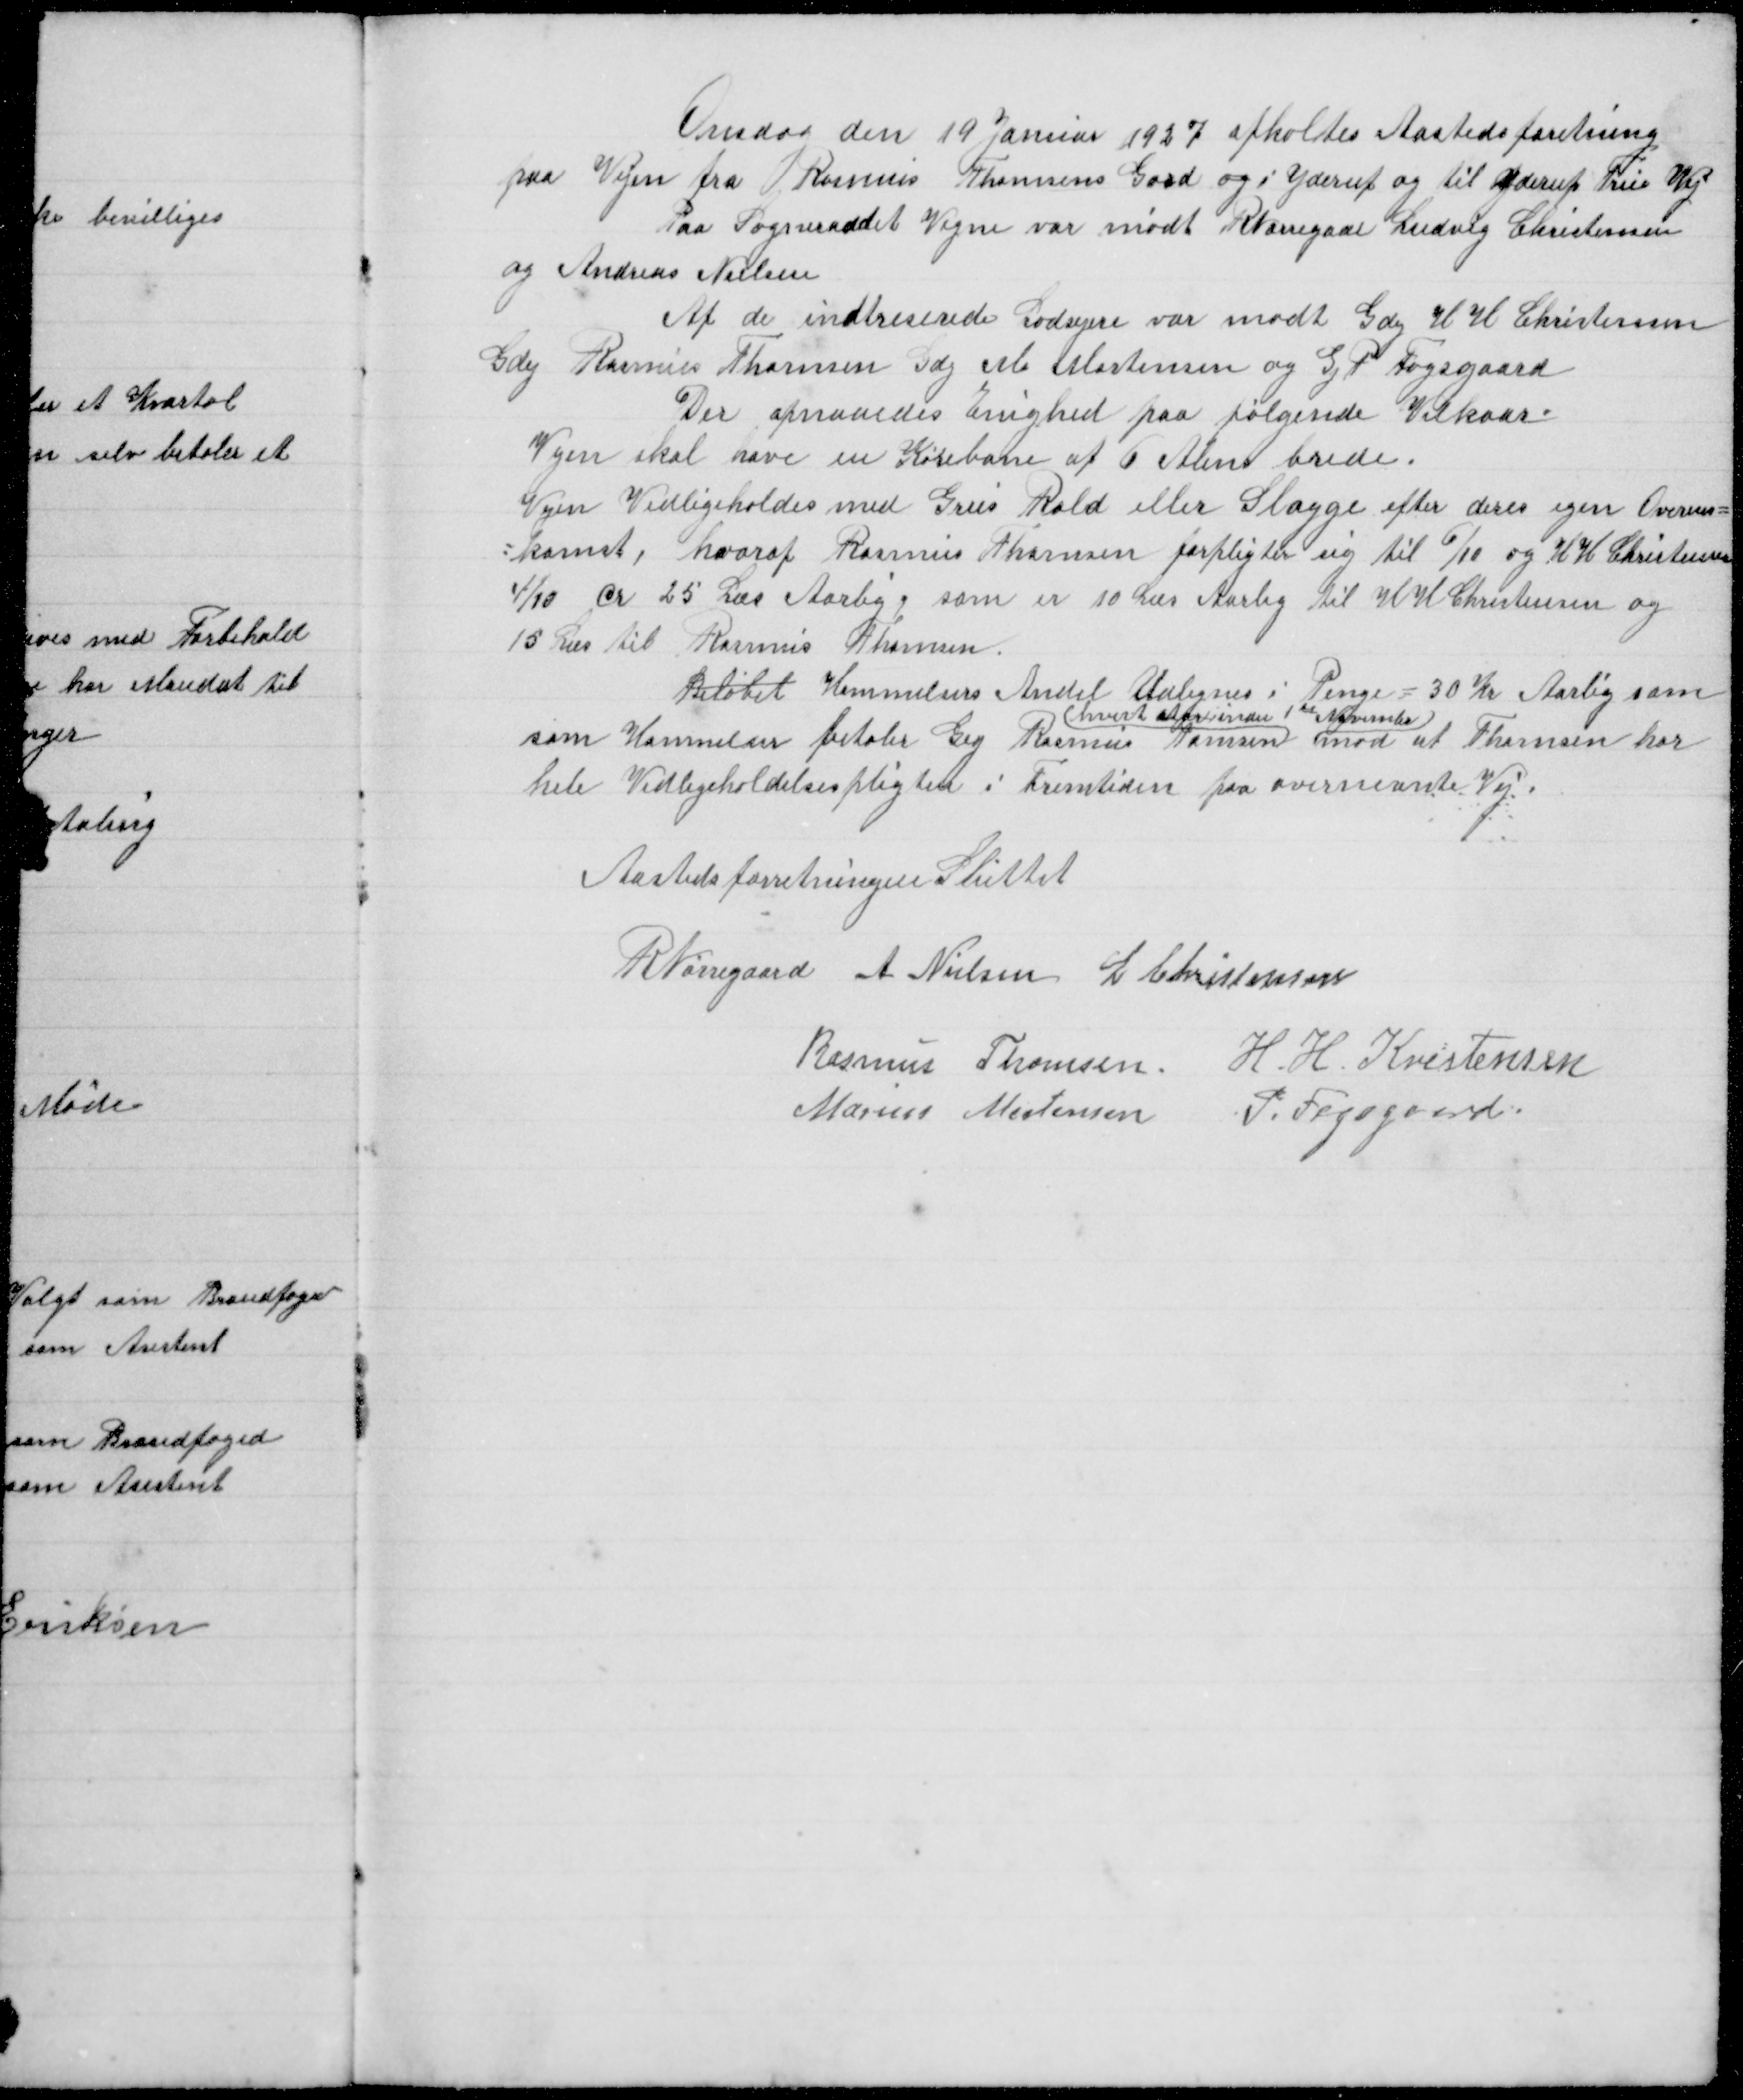
Transskription:
Onsdag den 19 Januar 1927 afholtes Aastedsforetning
paa Vejen fra Rasmus Thomsens Gaad og i Yderup og til Yderup True Vej
Paa Sogneraadet Vegne var mødt R Nørregaard Ludvig Christensen
og Andreas Nielsen
Af de indtreserede Lodsejere var mødt Gdej H H Christensen
Gdej Rasmus Thomsen Gdj M Mortensen og Gj P Fogsgaard
Der opnaaedes Enighed paa følgende Vilkaar
Vejen skal have en Kørebane af 6 Alens brede
Vejen Vedligeholdes med Grus Rald eller Slagge efter deres egen Overens =
= komst, hvoraf Rasmus Thomsen forpligter sig til 6/10 og H H Christensen
4/10 cr 25 Læs Aarlig, som er 10 Læs Aarlig til H H Christensen og
15 Læs til Rasmus Thomsen

Beløbet Hammelsers Andel Udregnes i Penge = 30 Kr Aarlig som
( hvert Aar indes 1te November )
som Hammelser betaler Gej Rasmus Thomsen mod at Thomsen har
hele Vedligholdelsespligten i Fremtiden paa overnevnte Vej

Aastedsforretningen Sluttet

R Nørregaard A Nielsen L Christensen
Rasmus Thomsen H H Kristensen
Marius Mortensen P Fogsgaard